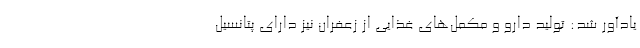
یادآور شد: تولید دارو و مکمل‌های غذایی از زعفران نیز دارای پتانسیل